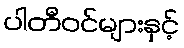
ပါတီဝင်များနှင့်